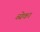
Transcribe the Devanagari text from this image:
व्येका